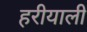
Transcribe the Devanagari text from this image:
हरीयाली